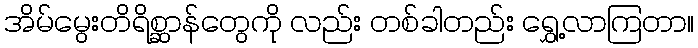
အိမ်မွေးတိရိစ္ဆာန်တွေကို လည်း တစ်ခါတည်း ရွှေ့လာကြတာ။